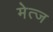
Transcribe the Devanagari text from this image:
मेत्ज